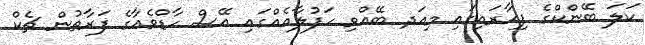
ކަލަ ބޭންކްގެ ފިހާރައިގައި މިއަދ ބޭއްވި ހަފުލާއެއްގައި އޭސް ހާޑްވެއާގެ ފަރާތުން ޗެކް